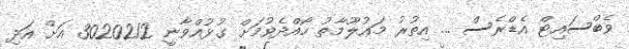
ވެބްސައިޓް އެޑްރެސް ... އިތުރު މަޢުލޫމާތު ހޯއްދެވުމަށް ގުޅުއްވާނީ 3020212 އަށް އަދި